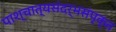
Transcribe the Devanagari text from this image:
पाश्चात्यसंदर्भसंपृक्त